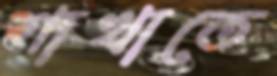
শাখাতে